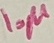
Text: 10µ